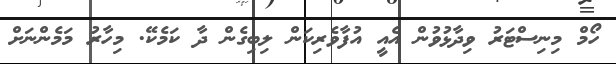
ހޯމް މިނިސްޓަރު ވިދާޅުވުން އެއީ އުފާވެރިކަން ލިބިގެން ދާ ކަމެކޭ. މިހާރު މަމެންނަށް